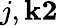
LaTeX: j,\mathbf{k}\le2